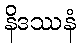
နိဒဿနံ